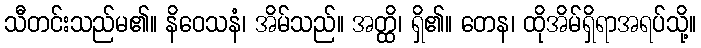
သီတင်းသည်မ၏။ နိဝေသနံ၊ အိမ်သည်။ အတ္ထိ၊ ရှိ၏။ တေန၊ ထိုအိမ်ရှိရာအရပ်သို့။